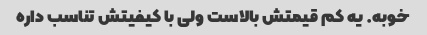
خوبه. یه کم قیمتش بالاست ولی با کیفیتش تناسب داره